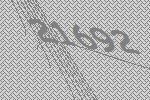
21692